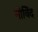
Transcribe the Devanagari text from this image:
गोविेंद